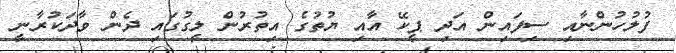
ފުލުހުންނާއި ސިފައިން އަދި ޕީކޭ އާއި ޔުތުގެ އިތުރުން ލީގުގައި ދެން ވާދަކުރާނީ